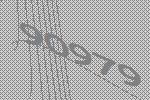
90979